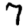
Digit: 7